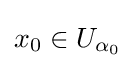
x_{0}\in U_{\alpha _{0}}